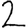
Digit: 2